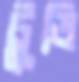
টুডি